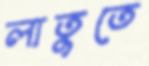
লাতুতে